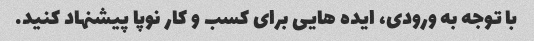
با توجه به ورودی، ایده هایی برای کسب و کار نوپا پیشنهاد کنید.